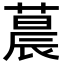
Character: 𬞀